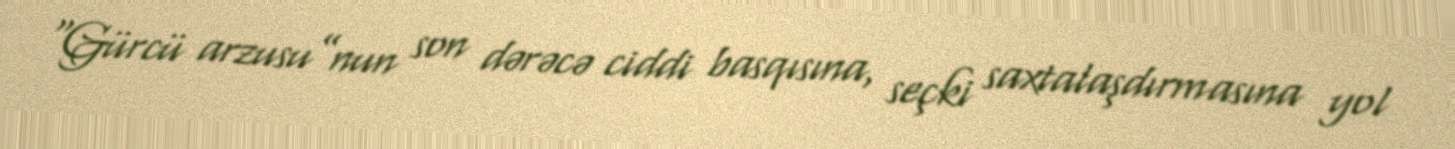
“Gürcü arzusu”nun son dərəcə ciddi basqısına, seçki saxtalaşdırmasına yol